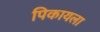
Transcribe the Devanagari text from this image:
पिकायला